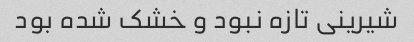
شیرینی تازه نبود و خشک شده بود